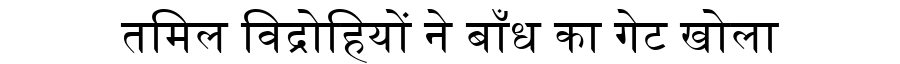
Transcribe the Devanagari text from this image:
तमिल विद्रोहियों ने बाँध का गेट खोला